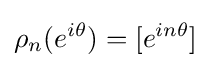
\rho _{n}(e^{i\theta })=[e^{in\theta }]